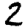
Digit: 2